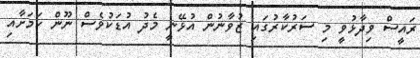
ރައީސް ވިދާޅުވީ މި ސަރުކާރުގައި ޒުވާނުން އުޅޭނީ މެދު އުޑަކުވެސް ނޫން ކަމަށާއި